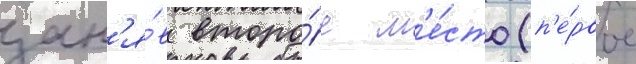
зан'я́в второ́е м'е́сто (п'е́рвое